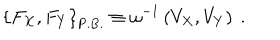
\left\{ { F _ { X } , F _ { Y } } \right\} _ { \mathrm { P . B . } } \equiv \omega ^ { - 1 } \left( { V _ { X } , V _ { Y } } \right) \ .